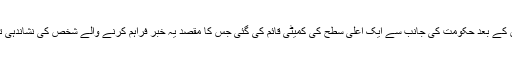
اس کے بعد حکومت کی جانب سے ایک اعلیٰ سطح کی کمیٹی قائم کی گئی جس کا مقصد یہ خبر فراہم کرنے والے شخص کی نشاندہی تھا۔